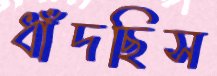
ধাঁদছিস